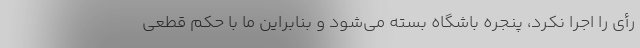
رأی را اجرا نکرد، پنجره باشگاه بسته می‌شود و بنابراین ما با حکم قطعی